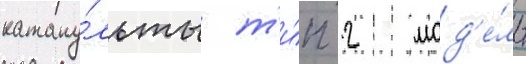
катапу́льты т'и́п 2 мод'е́ль